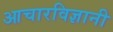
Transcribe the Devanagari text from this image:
आचारविज्ञानी